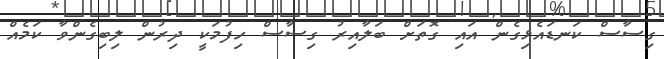
ގިސާސް ކަނޑައެޅިގެން އައި ގޮތަށް ބަލާއިރު ގިސާސް ހިފުމަކީ ދިރުން ލިބިގެންވާ ކަމެއް